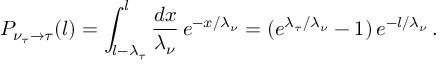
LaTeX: P _ { { \nu _ { \tau } } \rightarrow \tau } ( l ) = \int _ { l - \lambda _ { \tau } } ^ { l } \frac { d x } { \lambda _ { \nu } } \, e ^ { - x / \lambda _ { \nu } } = ( e ^ { \lambda _ { \tau } / \lambda _ { \nu } } - 1 ) \, e ^ { - l / \lambda _ { \nu } } \, .